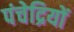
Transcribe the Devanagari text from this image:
पंचेद्रियों